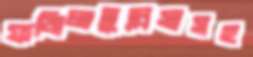
ফজিলাতুন্নেসাসহ